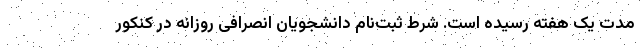
مدت یک هفته رسیده است. شرط ثبت‌نام دانشجویان انصرافی روزانه در کنکور